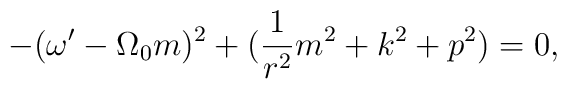
- ( \omega' - \Omega_0 m)^2 + ( \frac{1}{r^2} m^2 + k^2 + p^2 ) = 0,